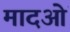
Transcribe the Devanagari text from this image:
मादओं